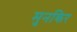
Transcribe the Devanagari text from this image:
मुनकिर